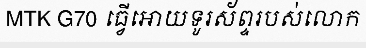
MTK G70 ធ្វើអោយទូរស័ព្ទរបស់លោក